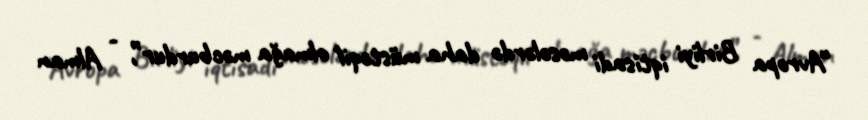
“Avropa Birliyi iqtisadi məsələrdə daha müstəqil olmağa məcburdur”, - Alman